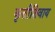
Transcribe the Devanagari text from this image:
कृतीशिवाय